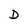
Character: D